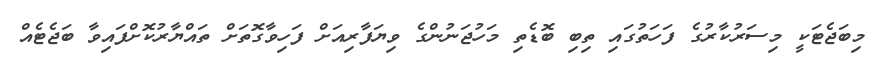
މިބަޖެޓަކީ މިސަރުކާރުގެ ފަހަތުގައި ތިބި ބޮޑެތި މަހުޖަނުންގެ ވިޔަފާރިއަށް ފަހިވާގޮތަށް ތައްޔާރުކޮށްފައިވާ ބަޖެޓެއް